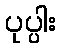
ပုပ္ပါး